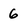
Character: 6